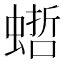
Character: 𧎴